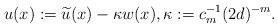
LaTeX: \begin{align*}u(x):=\widetilde{u}(x)-\kappa w(x),\kappa:=c_m^{-1}(2d)^{-m}.\end{align*}